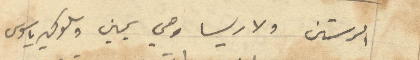
الرستن ولاريسا وهي يمين وسلوكيرياسوس